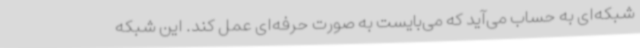
شبکه‌ای به حساب می‌آید که می‌بایست به صورت حرفه‌ای عمل کند. این شبکه